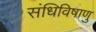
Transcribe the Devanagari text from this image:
संधिविषाणु